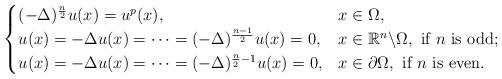
LaTeX: \begin{align*}\begin{cases}(-\Delta)^{\frac{n}{2}} u(x)=u^p(x),&x\in\Omega,\\u(x)=-\Delta u(x)=\cdots =(-\Delta)^{\frac{n-1}{2}}u(x)=0, &x\in\mathbb{R}^n \backslash \Omega,\,\, \mbox{if}\,\, n\,\, \mbox{is odd};\\u(x)=-\Delta u(x)=\cdots =(-\Delta)^{\frac{n}{2}-1}u(x)=0, &x\in\partial \Omega,\,\, \mbox{if}\,\, n\,\, \mbox{is even}.\\\end{cases}\end{align*}